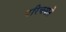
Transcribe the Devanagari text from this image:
परिचयाने